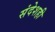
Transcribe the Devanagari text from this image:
संदेशही